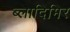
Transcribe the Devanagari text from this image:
ब्लादिमिर